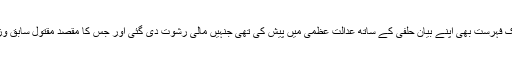
اس مقدمے میں آئی ایس آئی کے سابق سربراہ اسد درانی نے ان سیاستدانوں کے ناموں پر مشتمل ایک فہرست بھی اپنے بیان حلفی کے ساتھ عدالت عظمٰی میں پیش کی تھی جنہیں مالی رشوت دی گئی اور جس کا مقصد مقتول سابق وزیر اعظم بے نظیر بھٹو کو 1990ء کے انتخابات میں واضح اکثریت حاصل کرنے سے روکنا تھا۔